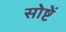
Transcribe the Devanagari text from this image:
सोष्टें